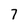
Character: 7